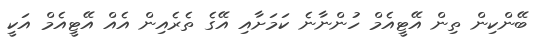
ބޭންކިން ތިން އޭޓީއެމް ހުންނާނެ ކަމަށާއި އޭގެ ތެރެއިން އެއް އޭޓީއެމް އަކީ